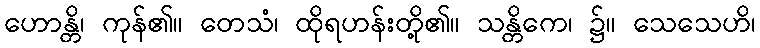
ဟောန္တိ၊ ကုန်၏။ တေသံ၊ ထိုရဟန်းတို့၏။ သန္တိကေ၊ ၌။ သေသေဟိ၊